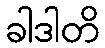
ခါဒါတိ